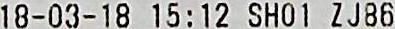
18-03-18 15:12 SH01 ZJ86